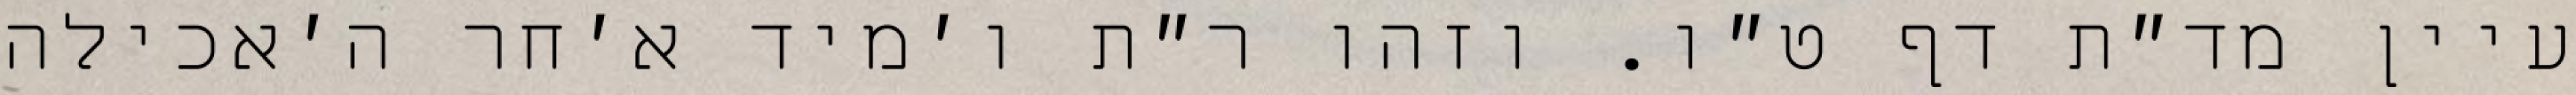
עיין מד״ת דף ט״ו. וזהו ר״ת ו׳מיד א׳חר ה׳אכילה